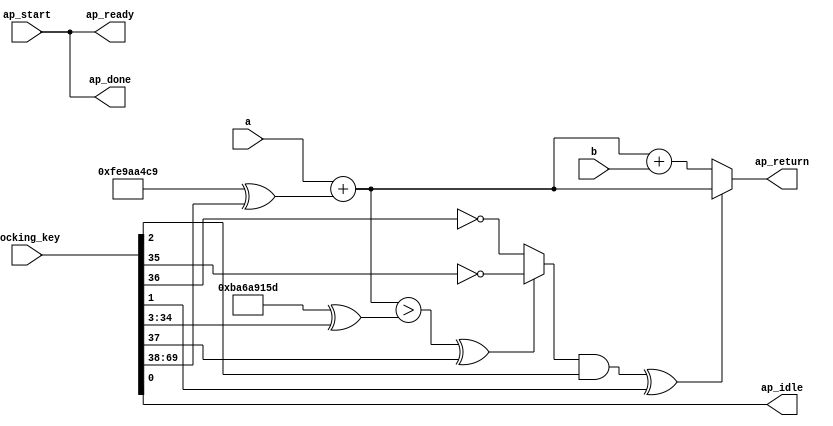
module calculate_4_0_obf
(
  ap_start,
  ap_done,
  ap_idle,
  ap_ready,
  a,
  b,
  ap_return,
  locking_key
);

  input ap_start;
  output ap_done;
  output ap_idle;
  output ap_ready;
  input [31:0] a;
  input [31:0] b;
  output [31:0] ap_return;
  wire [31:0] value_fu_30_p2;
  wire [0:0] tmp_fu_36_p2;
  wire [31:0] value_1_fu_42_p2;
  wire Const_0;
  wire Const_1;
  wire [31:0] Const_2;
  wire Const_3;
  wire Const_4;
  wire [31:0] Const_5;
  input [254:0] locking_key;
  wire [69:0] working_key;
  assign ap_done = ap_start;
  assign Const_0 = (1'b0 ^ working_key[0]);
  assign ap_idle = Const_0;
  assign ap_ready = ap_start;
  assign ap_return = ((tmp_fu_36_p2_temp ^ working_key[1]) == 1'b1)? value_fu_30_p2 : value_1_fu_42_p2;
  assign Const_1 = (1'b0 ^ working_key[2]);
  assign tmp_fu_36_p2_temp = tmp_fu_36_p2 & Const_1;
  assign Const_2 = (32'b10111010011010101001000101011101 ^ working_key[34:3]);
  assign Const_3 = (1'b1 ^ working_key[35]);
  assign Const_4 = (1'b1 ^ working_key[36]);
  assign tmp_fu_36_p2 = (((value_fu_30_p2 > Const_2) ^ working_key[37]) == 1'b1)? Const_3 : Const_4;
  assign value_1_fu_42_p2 = value_fu_30_p2 + b;
  assign Const_5 = (32'b11111110100110101010010011001001 ^ working_key[69:38]);
  assign value_fu_30_p2 = a + Const_5;
  assign working_key = { locking_key[69:0] };

endmodule